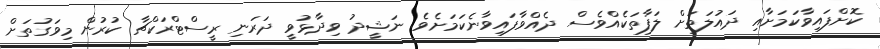
ކޮށްފައިވާކަމަށާއި ދައުލަތަށް ލަފާތަކެއްވެސް ދެއްވާފައިވާނެކަަމަށެވެ. ނަޝީދު ވިދާޅުވީ ދަރަނި ރީސްޓްރަކްޗާ ކުރުން މިވަގުތަށް